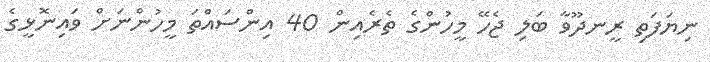
ނިޔަފަތި ރީނދޫވާ ބަލި ޖެހޭ މީހުންގެ ތެރެއިން 40 އިންސައްތަ މީހުންނަށް ވައިނޮޅީގެ